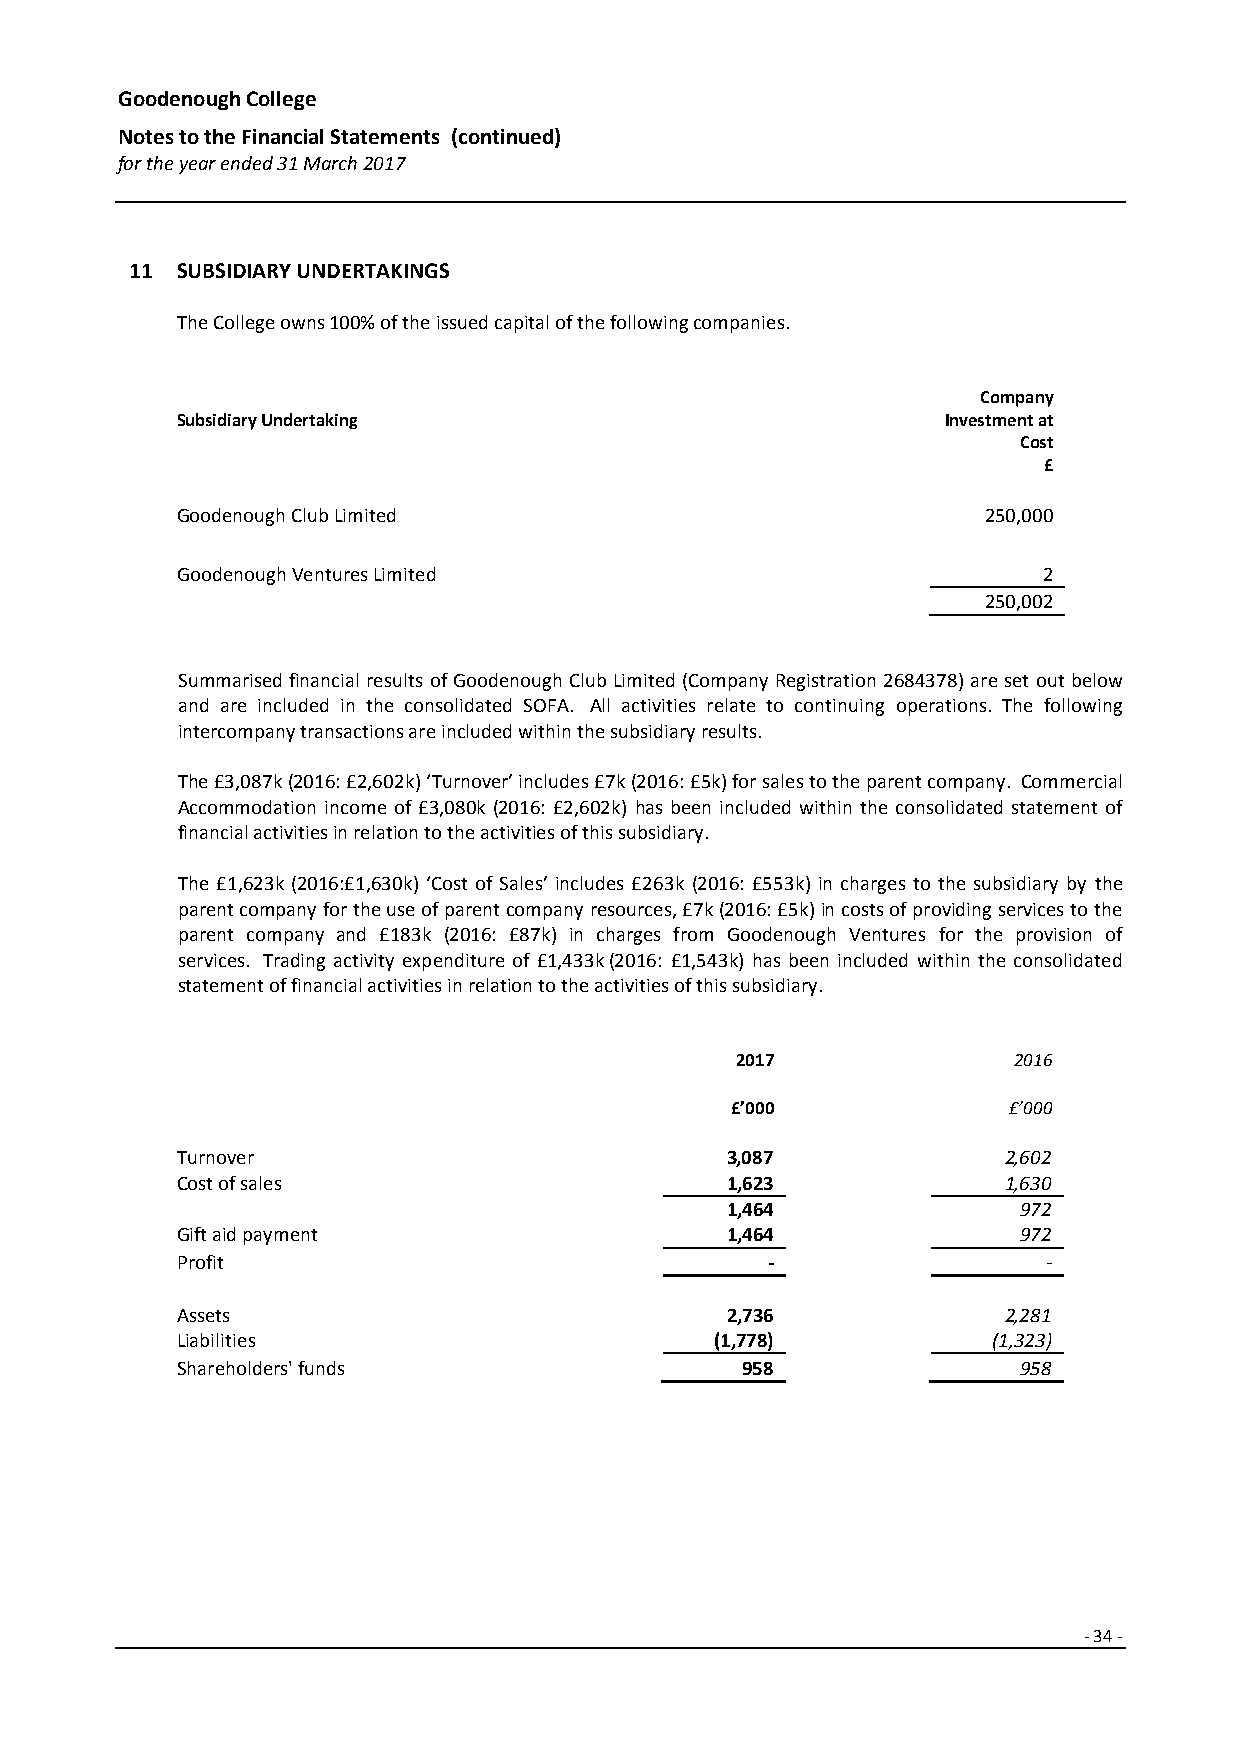
Goodenough College
 Notes to the Financial Statements (continued)
 for the year ended 31 March 2017
 11 SUBSIDIARY UNDERTAKINGS
 The College own s 100% of th e issue d capital of the following com pa nies.
 Company
 Subsidiary Undertaking                             Investment at
 Cost
 £
 Goodenough Club Limited                              250,000
 Goodenough Ventures Limited                              2
 250,002
 Summarised financial results of Goodenough Club Limited (Company Registration 2684378) are set out below
 and are included in the consolidated SOFA. All activities relate to continuing operations. The following
 intercompany transactions are included within the subsidiary results.
 The £3,087k (2016: £2,602k) ‘Turnover’ includes £7k (2016: £5k) for sales to the parent company. Commercial
 Accommodation income of £3,080k (2016: £2,602k) has been included within the consolidated statement of
 financial activities in relation to the activities of this subsidiary.
 The £1,623k (2016:£1,630k) ‘Cost of Sales’ includes £263k (2016: £553k) in charges to the subsidiary by the
 parent company for the use of parent company resources, £7k (2016: £5k) in costs of providing services to the
 parent company and £183k (2016: £87k) in charges from Goodenough Ventures for the provision of
 services. Trading activity expenditure of £1,433k (2016: £1,543k) has been included within the consolidated
 statement of financial activities in relation to the activities of this subsidiary.
 2017              2016
 £’000              £’000
 Turnover                            3,087             2,602
 Cost of sales                       1,623             1,630
 1,464               972
 Gift aid payment                    1,464               972
 Profit                                 -                 -
 Assets                              2,736             2,281
 Liabilities                        (1,778)            (1,323)
 Shareholders' funds                  958                958
 -34 -